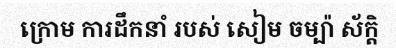
ក្រោម ការដឹកនាំ របស់ សៀម ចម្ប៉ា ស័ក្តិ